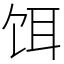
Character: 饵